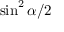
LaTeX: \sin ^ { 2 } \alpha / 2